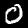
Digit: 0